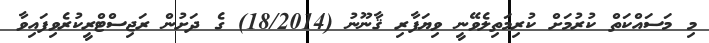
މި މަސައްކަތް ކުރުމަށް ކުރިމަތިލެވޭނީ ވިޔަފާރި ޤާނޫނު (18/2014) ގެ ދަށުން ރަޖިސްޓްރީކުރެވިފައިވާ